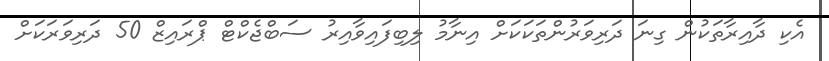
އެކި ދާއިރާތަކުން ގިނަ ދަރިވަރުންތަކަކަށް އިނާމު ލިބިފައިވާއިރު ސަބްޖެކްޓް ޕްރައިޒް 50 ދަރިވަރަކަށް